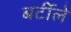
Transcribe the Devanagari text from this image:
बर्टीले